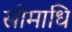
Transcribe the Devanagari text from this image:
सोमाधि